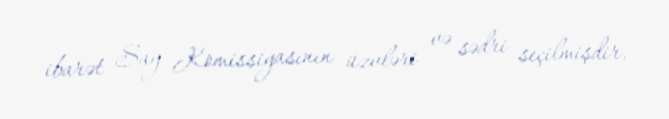
ibarət Say Komissiyasının üzvləri və sədri seçilmişdir.